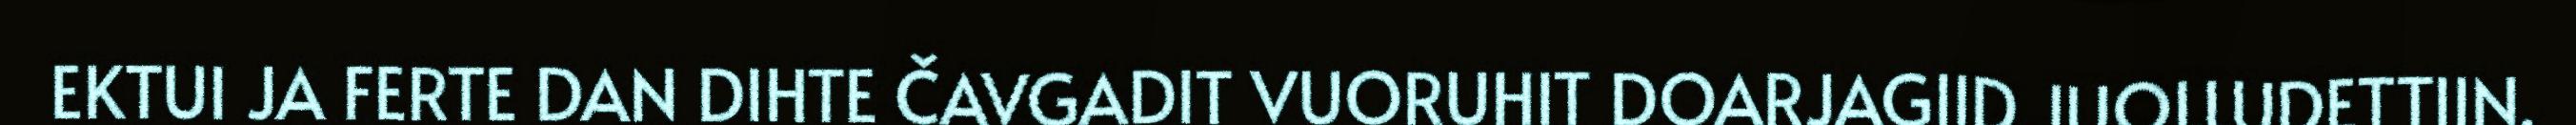
EKTUI JA FERTE DAN DIHTE ČAVGADIT VUORUHIT DOARJAGIID JUOLLUDETTIIN.